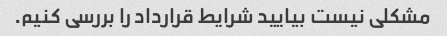
مشکلی نیست بیایید شرایط قرارداد را بررسی کنیم.